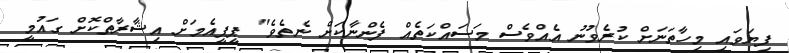
ފިޔަވައި މިހާތަނަށް ކުރެވުނު އެއްވެސް މަސައްކަތެއް ފެންނާކަށް ނެތެވެ" ޕީޕީއެމަށް އިޝާރާތްކޮށް ގައުމީ